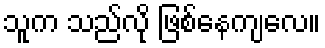
သူက သည်လို ဖြစ်နေကျလေ။